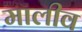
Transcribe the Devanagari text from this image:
मालीव